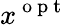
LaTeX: x^{\mathrm{~o~p~t~}}